65_HS1-834228961_62-HQ-83894_Section_6
Agency: FBI
Page 233
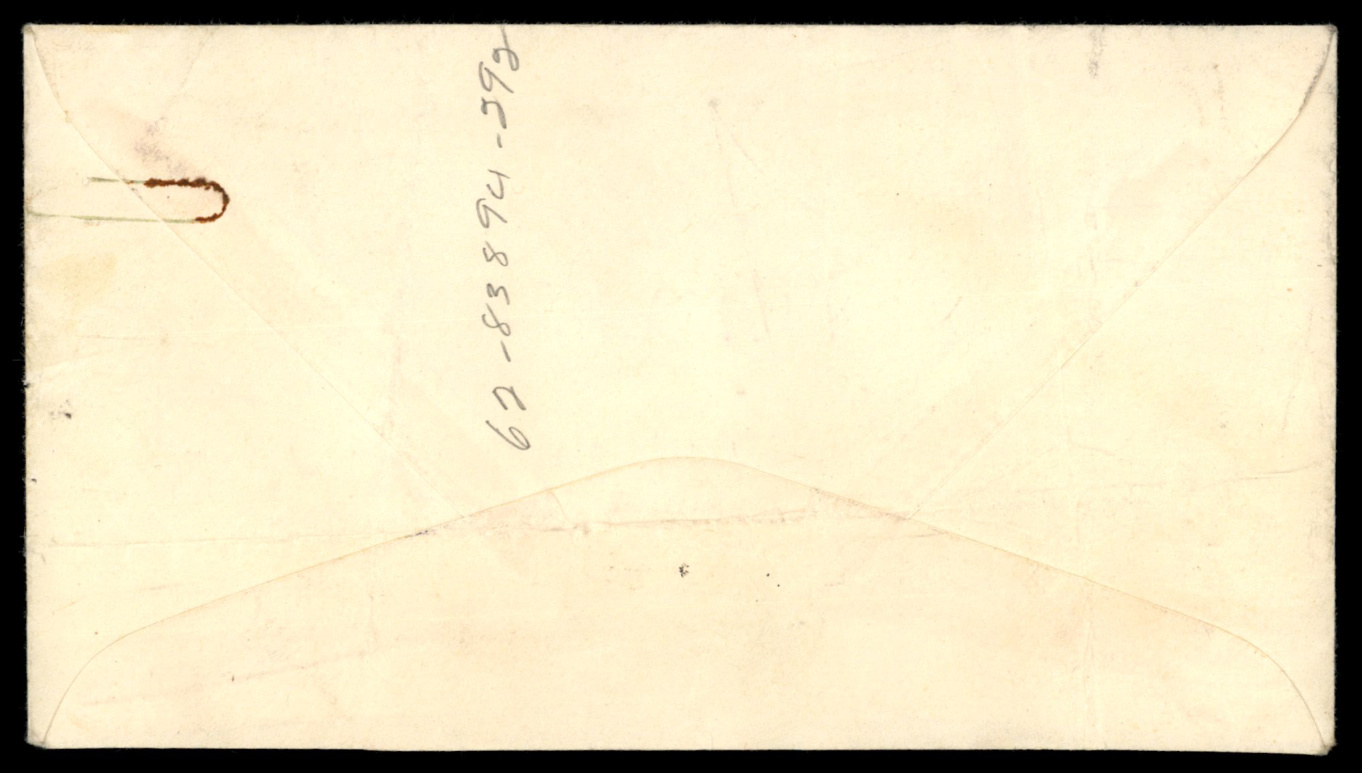